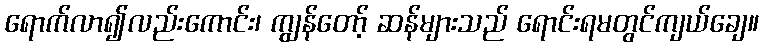
ရောက်လာ၍လည်းကောင်း၊ ကျွန်တော့် ဆန်များသည် ရောင်းရမတွင်ကျယ်ချေ။